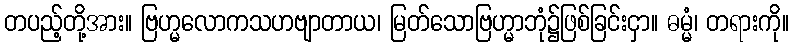
တပည့်တို့အား။ ဗြဟ္မလောကသဟဗျာတာယ၊ မြတ်သောဗြဟ္မာဘုံ၌ဖြစ်ခြင်းငှာ။ ဓမ္မံ၊ တရားကို။